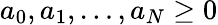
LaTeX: a_{0},a_{1},\dots,a_{N}\ge 0